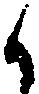
候